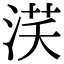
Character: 𣵽